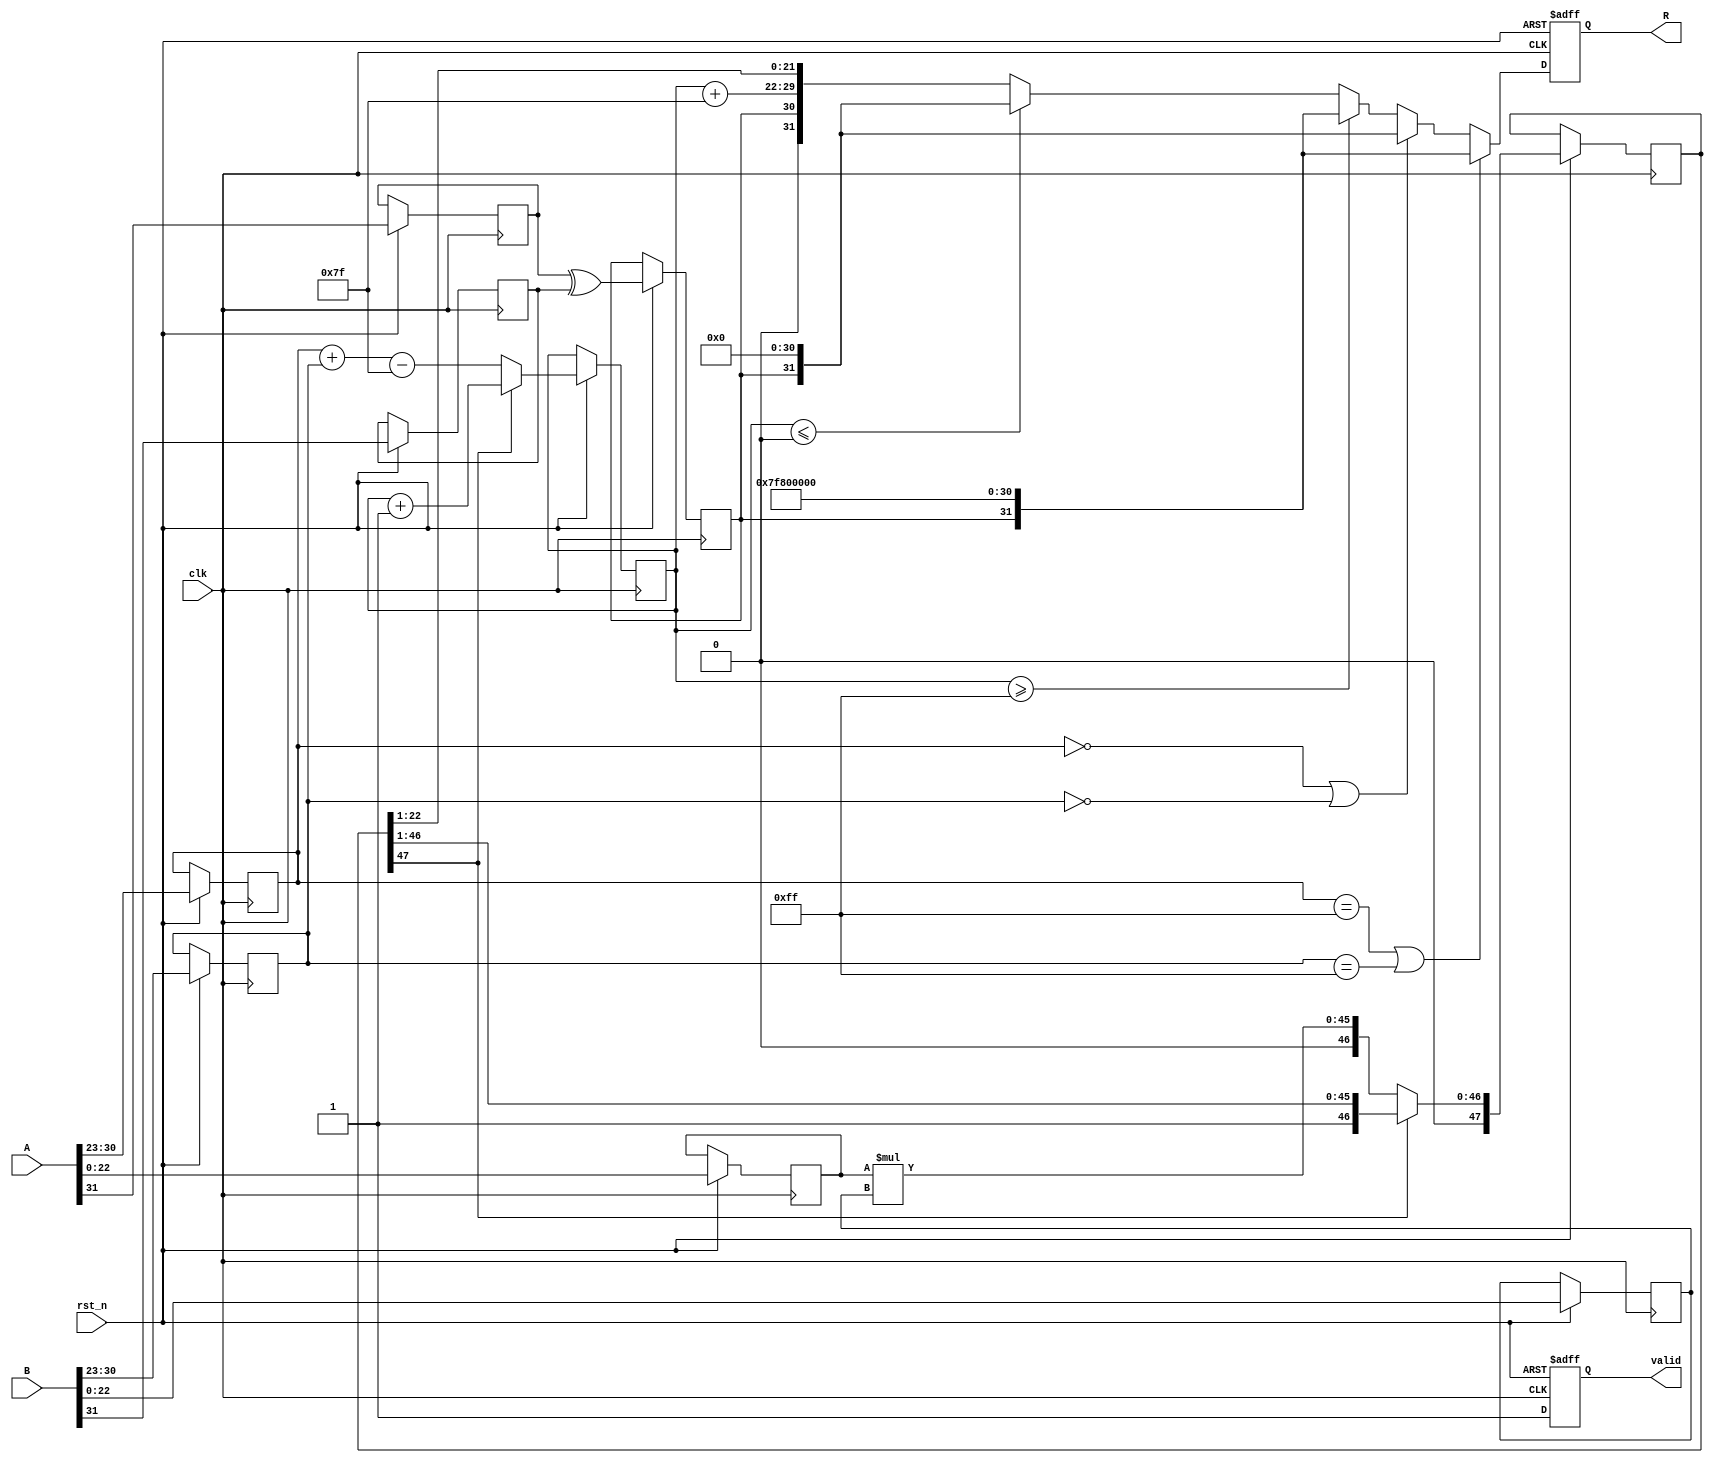
module fp_multiplier (
    input wire clk,
    input wire rst_n,
    input wire [31:0] A, // First floating-point input
    input wire [31:0] B, // Second floating-point input
    output reg [31:0] R, // Result of multiplication
    output reg valid // Indicates valid output
);

    // Constants
    localparam BIAS = 8'd127;

    // Internal signals
    reg [7:0] exp_A, exp_B, exp_R; // Exponents
    reg [22:0] mant_A, mant_B; // Mantissas
    reg [47:0] mant_R; // Resultant mantissa (48 bits for overflow handling)
    reg sign_A, sign_B, sign_R; // Sign bits

    always @(posedge clk or negedge rst_n) begin
        if (!rst_n) begin
            R <= 32'b0;
            valid <= 1'b0;
        end else begin
            // Decompose inputs
            sign_A <= A[31];
            exp_A <= A[30:23];
            mant_A <= {1'b1, A[22:0]}; // Normalize with implicit leading 1

            sign_B <= B[31];
            exp_B <= B[30:23];
            mant_B <= {1'b1, B[22:0]}; // Normalize with implicit leading 1

            // Calculate sign of the result
            sign_R <= sign_A ^ sign_B;

            // Calculate exponent
            exp_R <= exp_A + exp_B - BIAS; // Subtract bias and then add it back later

            // Multiply mantissas
            mant_R <= mant_A * mant_B;

            // Normalize the result
            if (mant_R[47]) begin
                // If mantissa is greater than 1, shift right
                mant_R <= mant_R >> 1;
                exp_R <= exp_R + 1;
            end

            // Handle special cases (Inf, NaN)
            if (exp_A == 8'b11111111 || exp_B == 8'b11111111) begin // Check for infinity
                R <= {sign_R, 8'b11111111, 23'b0}; // Result is infinity
            end else if (exp_A == 8'b00000000 || exp_B == 8'b00000000) begin // Check for zero
                R <= {sign_R, 8'b00000000, 23'b0}; // Result is zero
            end else if (exp_R >= 8'd255) begin // Overflow case
                R <= {sign_R, 8'b11111111, 23'b0}; // Result is infinity
            end else if (exp_R <= 0) begin // Underflow case
                R <= {sign_R, 8'b00000000, 23'b0}; // Result is zero
            end else begin
                R <= {sign_R, exp_R[7:0] + BIAS, mant_R[22:1]}; // Combine sign, exponent, and mantissa
            end

            valid <= 1'b1; // Indicate output is valid
        end
    end
endmodule